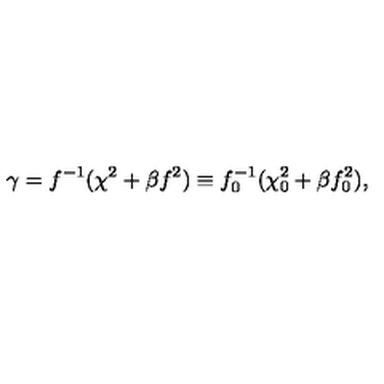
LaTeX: \gamma = f ^ { - 1 } ( \chi ^ { 2 } + \beta f ^ { 2 } ) \equiv f _ { 0 } ^ { - 1 } ( \chi _ { 0 } ^ { 2 } + \beta f _ { 0 } ^ { 2 } ) ,